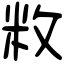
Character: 敉